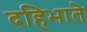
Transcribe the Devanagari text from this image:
दहिभाते